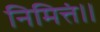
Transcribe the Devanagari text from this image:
निमित्तं॥